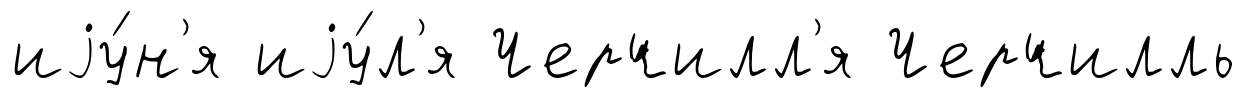
иjу́н'я иjу́л'я Черчилл'я Черчилль